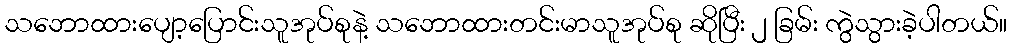
သဘောထားပျော့ပြောင်းသူအုပ်စုနဲ့ သဘောထားတင်းမာသူအုပ်စု ဆိုပြီး ၂ ခြမ်း ကွဲသွားခဲ့ပါတယ်။